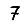
Digit: 7